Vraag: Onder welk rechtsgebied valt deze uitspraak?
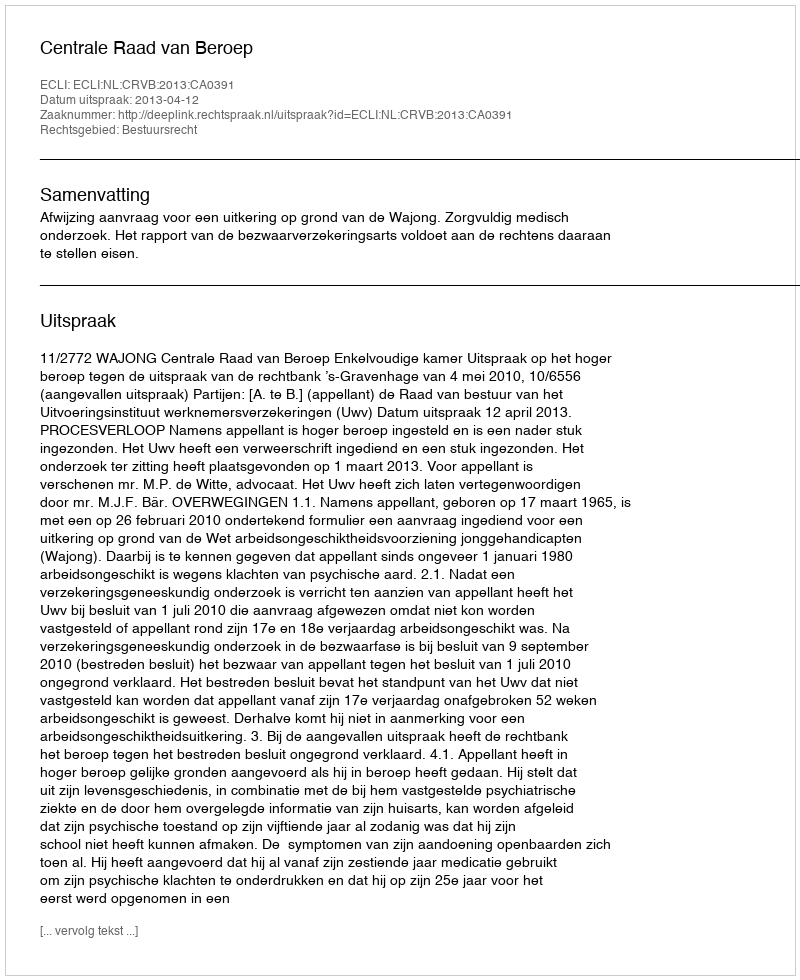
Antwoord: Bestuursrecht